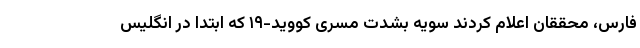
فارس، محققان اعلام کردند سویه بشدت مسری کووید-۱۹ که ابتدا در انگلیس